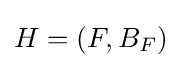
H=\left(F,B_{F}\right)